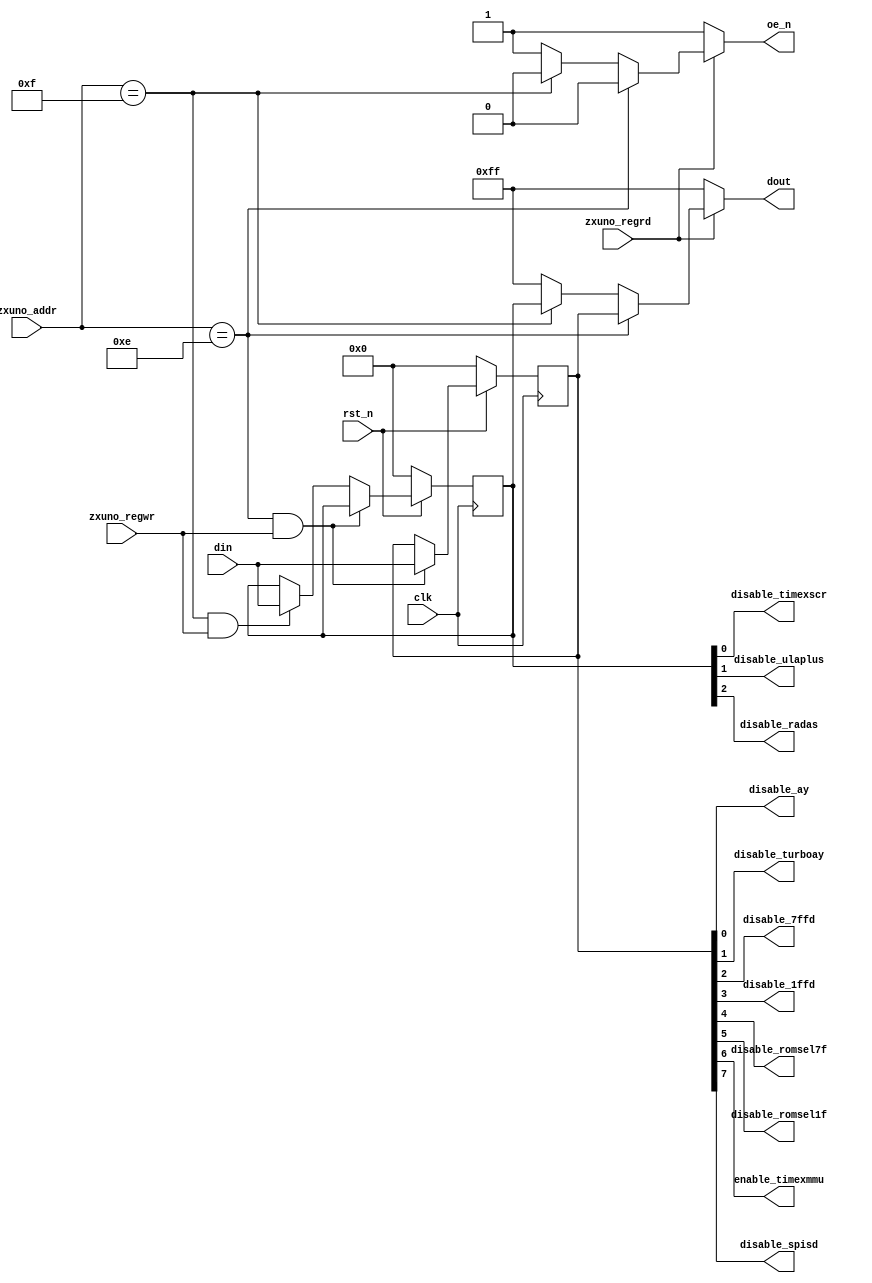
module control_enable_options(
    input wire clk,
    input wire rst_n,
    input wire [7:0] zxuno_addr,
    input wire zxuno_regrd,
    input wire zxuno_regwr,
    input wire [7:0] din,
    output reg [7:0] dout,
    output reg oe_n,
    output wire disable_ay,
    output wire disable_turboay,
    output wire disable_7ffd,
    output wire disable_1ffd,
    output wire disable_romsel7f,
    output wire disable_romsel1f,
    output wire enable_timexmmu,
    output wire disable_spisd,
    output wire disable_timexscr,
    output wire disable_ulaplus,
    output wire disable_radas
    );

    parameter DEVOPTIONS = 8'h0E;
    parameter DEVOPTS2   = 8'h0F;
    
    reg [7:0] devoptions = 8'h00;  // initial value
    reg [7:0] devopts2 = 8'h00;    // initial value
    assign disable_ay = devoptions[0];
    assign disable_turboay = devoptions[1];
    assign disable_7ffd = devoptions[2];
    assign disable_1ffd = devoptions[3];
    assign disable_romsel7f = devoptions[4];
    assign disable_romsel1f = devoptions[5];
    assign enable_timexmmu = devoptions[6];
    assign disable_spisd = devoptions[7];
    assign disable_timexscr = devopts2[0];
    assign disable_ulaplus = devopts2[1];
    assign disable_radas = devopts2[2];
    
    always @(posedge clk) begin
        if (rst_n == 1'b0) begin
            devoptions <= 8'h00;  // or after a hardware reset (not implemented yet)
            devopts2 <= 8'h00;
        end
        else if (zxuno_addr == DEVOPTIONS && zxuno_regwr == 1'b1)
            devoptions <= din;
        else if (zxuno_addr == DEVOPTS2 && zxuno_regwr == 1'b1)
            devopts2 <= din;
    end
    
    always @* begin
        oe_n = 1'b1;
        dout = 8'hFF;
        if (zxuno_regrd == 1'b1)            
            if (zxuno_addr == DEVOPTIONS) begin
                oe_n = 1'b0;
                dout = devoptions;
            end
            else if (zxuno_addr == DEVOPTS2) begin
                oe_n = 1'b0;
                dout = devopts2;
            end
        end
endmodule